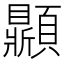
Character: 𩕩